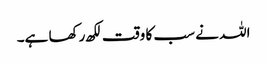
اللہ نے سب کا وقت لکھ رکھا ہے۔